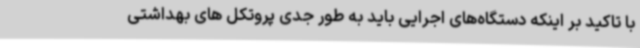
با تاکید بر اینکه دستگاه‌های اجرایی باید به طور جدی پروتکل های بهداشتی